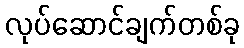
လုပ်ဆောင်ချက်တစ်ခု